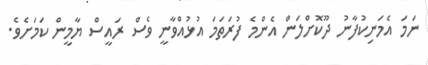
ނަމަ އެމަނިކުފާނު ދޫކޮށްލަން އެންމެ ފުރަތަމަ އުޅުއްވާނީ ވެސް ރައީސް ޔާމީން ކަމަށެވެ.